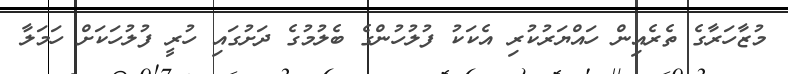
މުޒާހަރާގެ ތެރެއިން ހައްޔަރުކުރި އެކަކު ފުލުހުންގެ ބެލުމުގެ ދަށުގައި ހުރީ ފުލުހަކަށް ހަމަލާ